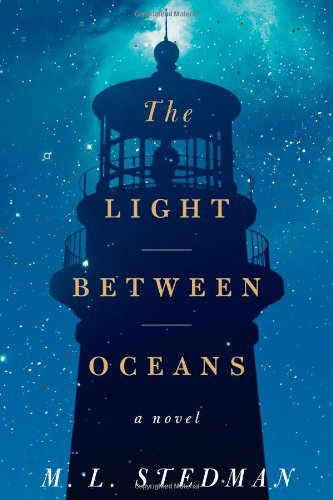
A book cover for The Light Between Oceans: A Novel; M. L. Stedman; Literature & Fiction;